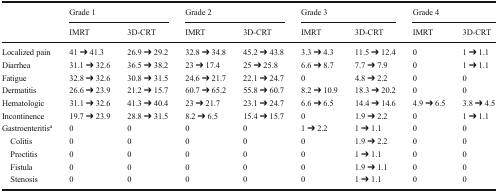
<table><thead><tr><td rowspan="2"></td><td colspan="2"><b>Grade 1</b></td><td colspan="2"><b>Grade 2</b></td><td colspan="2"><b>Grade 3</b></td><td colspan="2"><b>Grade 4</b></td></tr><tr><td><b>IMRT</b></td><td><b>3D-CRT</b></td><td><b>IMRT</b></td><td><b>3D-CRT</b></td><td><b>IMRT</b></td><td><b>3D-CRT</b></td><td><b>IMRT</b></td><td><b>3D-CRT</b></td></tr></thead><tbody><tr><td>Localized pain</td><td>41 ➔ 41.3</td><td>26.9 ➔ 29.2</td><td>32.8 ➔ 34.8</td><td>45.2 ➔ 43.8</td><td>3.3 ➔ 4.3</td><td>11.5 ➔ 12.4</td><td>0</td><td>1 ➔ 1.1</td></tr><tr><td>Diarrhea</td><td>31.1 ➔ 32.6</td><td>36.5 ➔ 38.2</td><td>23 ➔ 17.4</td><td>25 ➔ 25.8</td><td>6.6 ➔ 8.7</td><td>7.7 ➔ 7.9</td><td>0</td><td>1 ➔ 1.1</td></tr><tr><td>Fatigue</td><td>32.8 ➔ 32.6</td><td>30.8 ➔ 31.5</td><td>24.6 ➔ 21.7</td><td>22.1 ➔ 24.7</td><td>0</td><td>4.8 ➔ 2.2</td><td>0</td><td>0</td></tr><tr><td>Dermatitis</td><td>26.6 ➔ 23.9</td><td>21.2 ➔ 15.7</td><td>60.7 ➔ 65.2</td><td>55.8 ➔ 60.7</td><td>8.2 ➔ 10.9</td><td>18.3 ➔ 20.2</td><td>0</td><td>0</td></tr><tr><td>Hematologic</td><td>31.1 ➔ 32.6</td><td>41.3 ➔ 40.4</td><td>23 ➔ 21.7</td><td>23.1 ➔ 24.7</td><td>6.6 ➔ 6.5</td><td>14.4 ➔ 14.6</td><td>4.9 ➔ 6.5</td><td>3.8 ➔ 4.5</td></tr><tr><td>Incontinence</td><td>19.7 ➔ 23.9</td><td>28.8 ➔ 31.5</td><td>8.2 ➔ 6.5</td><td>15.4 ➔ 15.7</td><td>0</td><td>1.9 ➔ 2.2</td><td>0</td><td>1 ➔ 1.1</td></tr><tr><td>Gastroenteritis<sup>a</sup></td><td>0</td><td>0</td><td>0</td><td>0</td><td>1 ➔ 2.2</td><td>1 ➔ 1.1</td><td>0</td><td>0</td></tr><tr><td> Colitis</td><td>0</td><td>0</td><td>0</td><td>0</td><td>0</td><td>1.9 ➔ 2.2</td><td>0</td><td>0</td></tr><tr><td> Proctitis</td><td>0</td><td>0</td><td>0</td><td>0</td><td>0</td><td>1 ➔ 1.1</td><td>0</td><td>0</td></tr><tr><td> Fistula</td><td>0</td><td>0</td><td>0</td><td>0</td><td>0</td><td>1.9 ➔ 1.1</td><td>0</td><td>0</td></tr><tr><td> Stenosis</td><td>0</td><td>0</td><td>0</td><td>0</td><td>0</td><td>1 ➔ 1.1</td><td>0</td><td>0</td></tr></tbody></table>